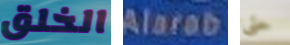
الخلق Alarab حتى